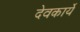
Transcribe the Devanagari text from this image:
देवकार्ये